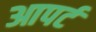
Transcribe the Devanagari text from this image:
आपर्ट